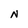
Character: N